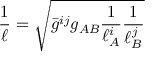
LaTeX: \frac { 1 } { \ell } = \sqrt { \bar { g } ^ { i j } g _ { A B } \frac { 1 } { \ell _ { A } ^ { i } } \frac { 1 } { \ell _ { B } ^ { j } } }